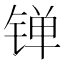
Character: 𬭙